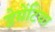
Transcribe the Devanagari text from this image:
डेमेंटिया